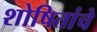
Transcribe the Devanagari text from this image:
शोषितांचे